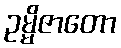
ဥမ္မိဇာတော